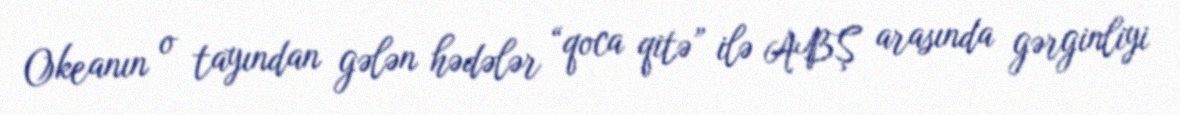
Okeanın o tayından gələn hədələr “qoca qitə” ilə ABŞ arasında gərginliyi